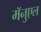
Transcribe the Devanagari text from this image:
मॅनुएल